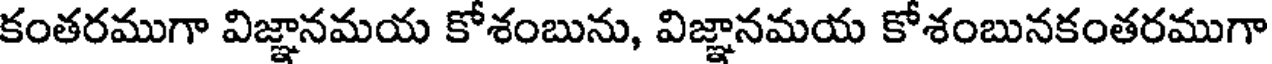
కంతరముగా విజ్ఞానమయ కోశంబును, విజ్ఞానమయ కోశంబునకంతరముగా